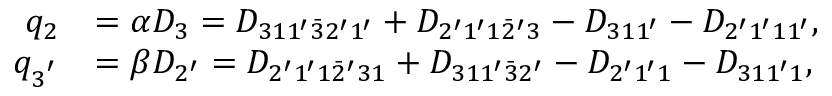
\begin{array} { r l } { q _ { 2 } } & { = \alpha { D _ { 3 } } = { D _ { 3 1 1 ^ { \prime } \bar { 3 } 2 ^ { \prime } 1 ^ { \prime } } } + { D _ { 2 ^ { \prime } 1 ^ { \prime } 1 \bar { 2 } ^ { \prime } 3 } } - { D _ { 3 1 1 ^ { \prime } } } - { D _ { 2 ^ { \prime } 1 ^ { \prime } 1 1 ^ { \prime } } } , } \\ { q _ { 3 ^ { ' } } } & { = \beta { D _ { 2 ^ { \prime } } } = { D _ { 2 ^ { \prime } 1 ^ { \prime } 1 \bar { 2 } ^ { \prime } 3 1 } } + { D _ { 3 1 1 ^ { \prime } \bar { 3 } 2 ^ { \prime } } } - { D _ { 2 ^ { \prime } 1 ^ { \prime } 1 } } - { D _ { 3 1 1 ^ { \prime } 1 } } , } \end{array}